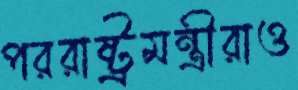
পররাষ্ট্রমন্ত্রীরাও